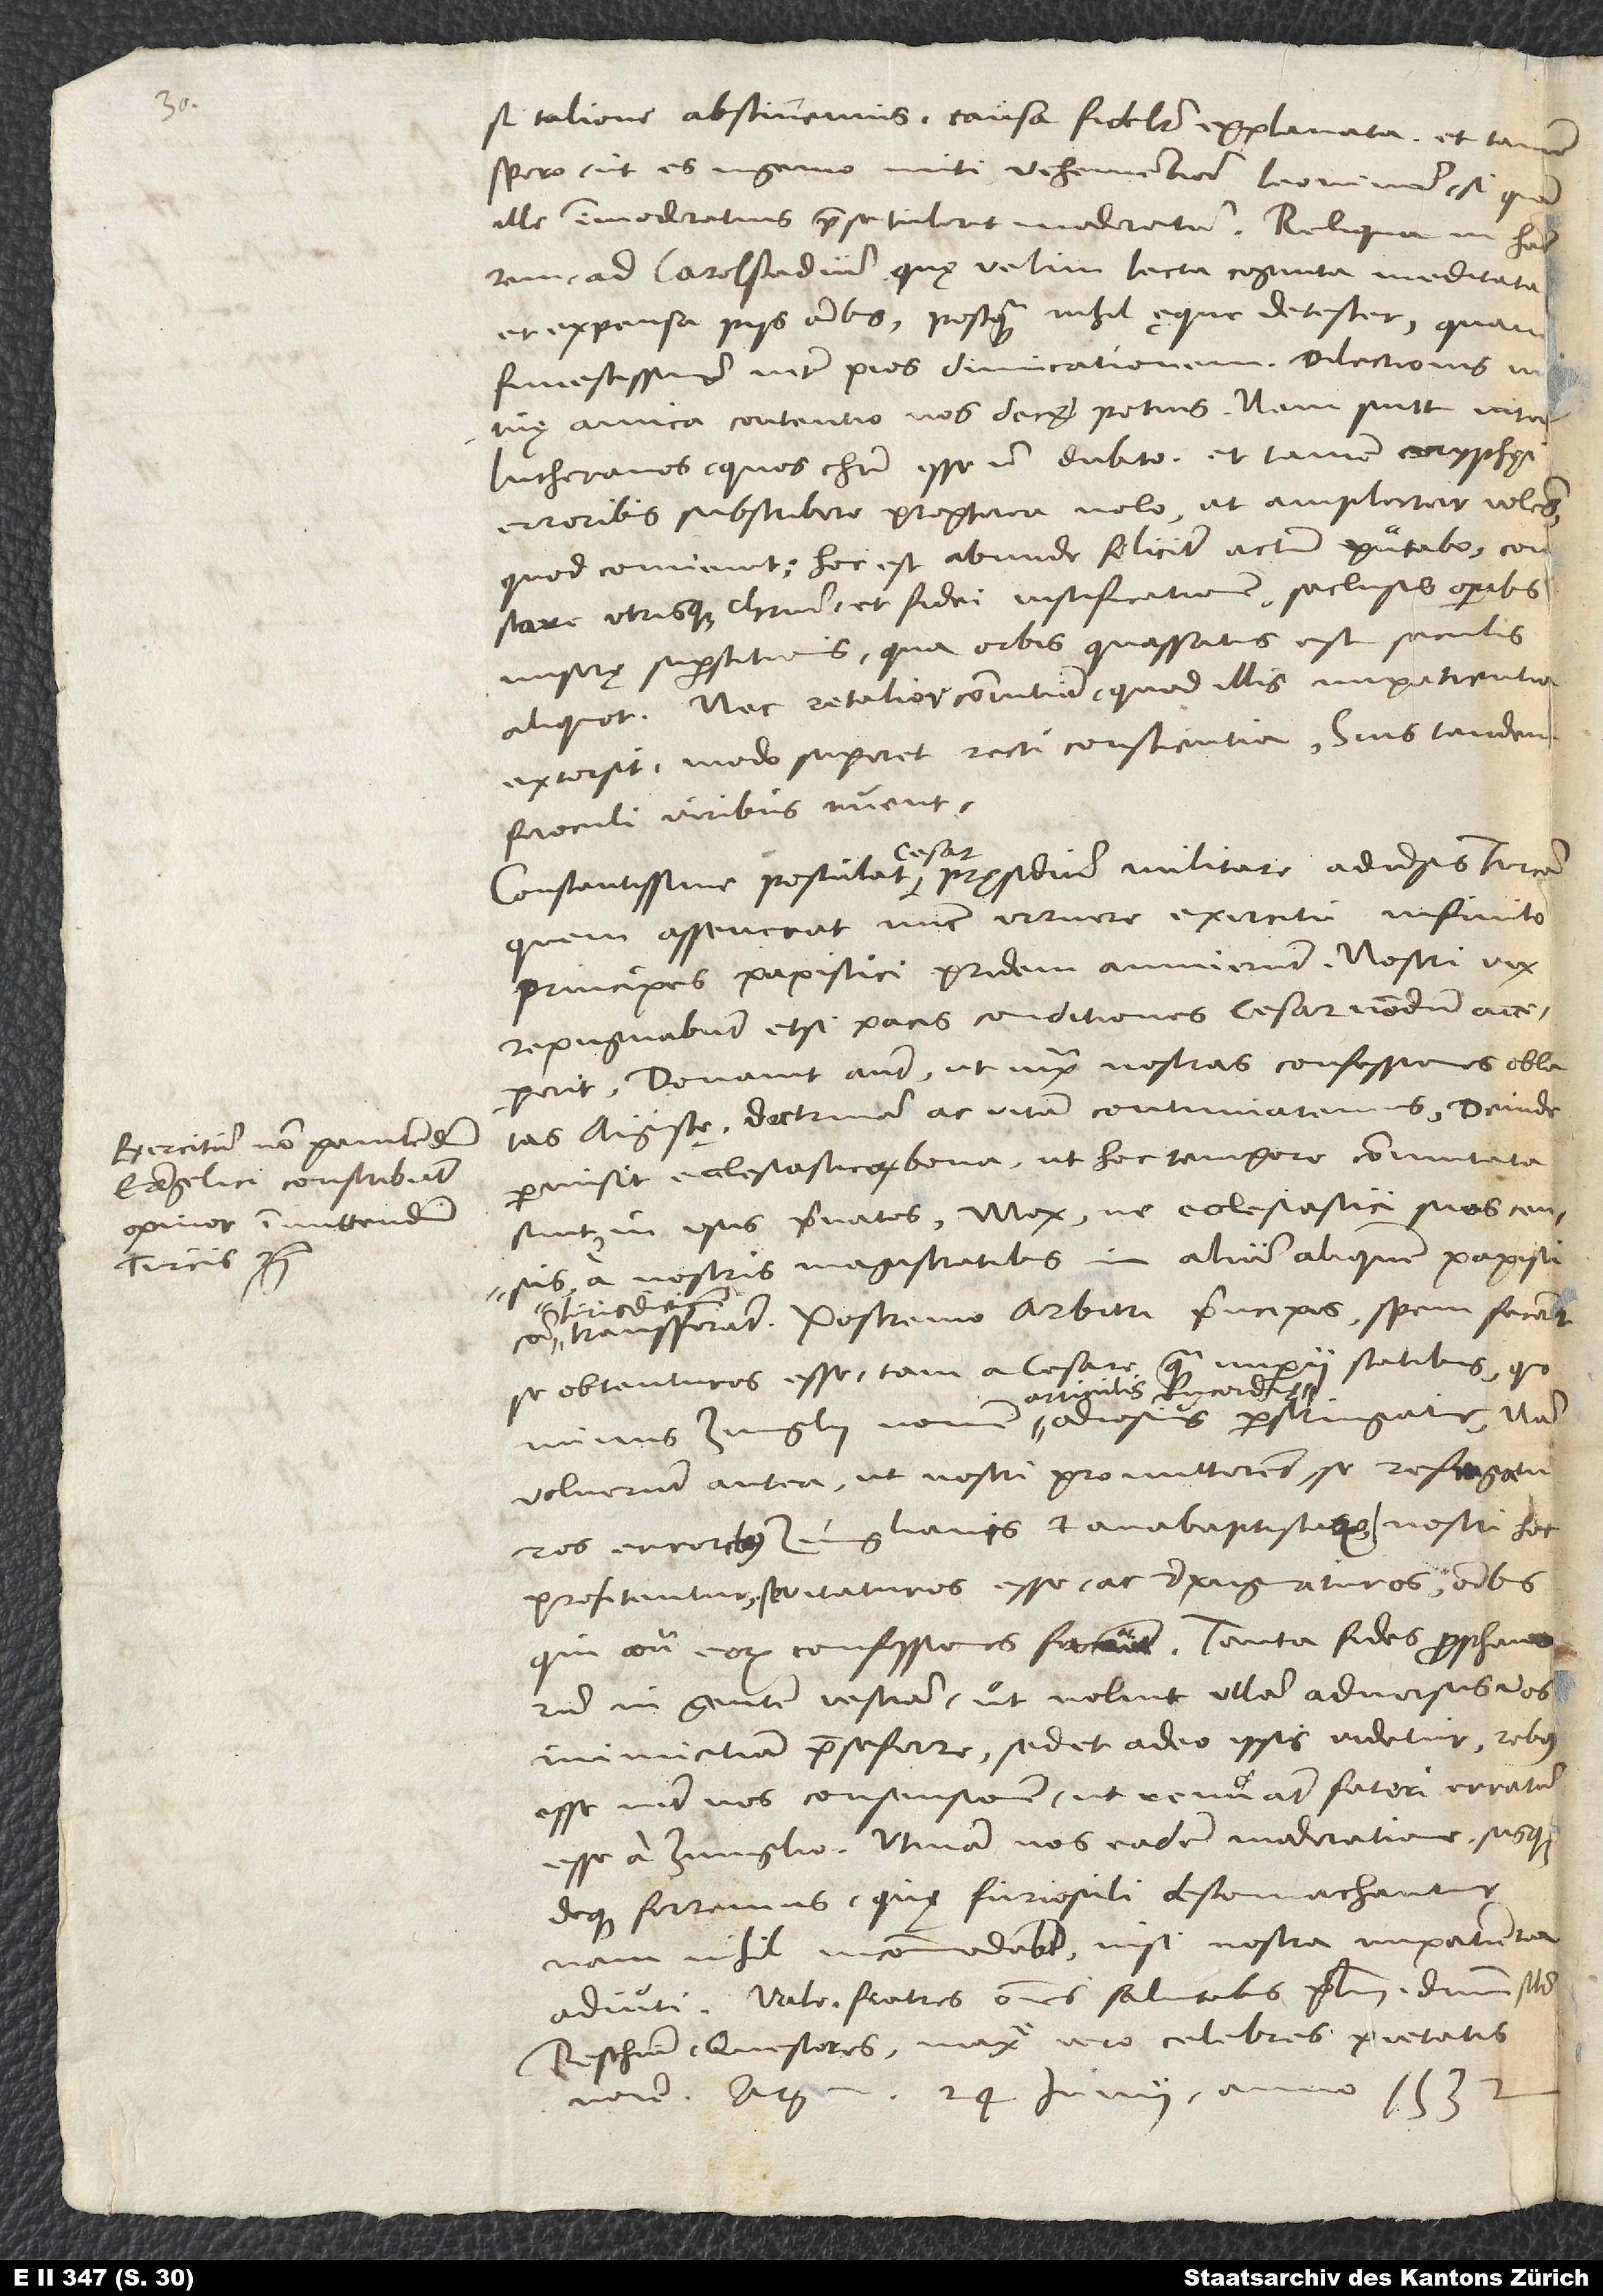
si talione abstinemus causa fideliter explanata. Et tamen
spero, ut es ingenio miti, vehementiam Leoninam, si quid
ille immoderatius prae se tulerit, moderatam. Reliqua in hanc
rem ad Carolstadium, quę velim lecta, cognita, meditata
et expensa piis omnibus, postquam nihil ęque detester, quam
funestissimam inter pios dimicationem. Dilectionis
mutuae amica contentio nos decet potius. Nam sunt inter
Lutheranos, quos Christi esse non dubito. Et tamen coryphęi
erroribus subscribere propterea nolo, ut amplectar volens,
quod convenit, hoc est, abunde feliciter actum putabo constare
utrisque Christum et fidei iustificationem seclusis operibus
miserę superstitionis, qua orbis quassatus est seculis
aliquot. Nec retalior convitium, quod illis impatientia
extorsit, modo superet recti conscientia. Suis tandem
feroculi viribus ruent.
Constantissime postulat cesar pręsidium militare adversus Turcam,
quem asseverat nunc irruere exercitu infinito.
Principes papistici pridem annuerunt. Nostri vix
repugnabunt, etsi pacis conditiones cesar nondum acceperit.
Donavit autem, ut iuxta nostras confessiones oblatas
Augustae doctrinam ac vitam continuaremus. Deinde
permisit ecclesiasticorum bona, ut hoc tempore commutata
sunt, in usus privatos, mox ne ecclesiastici suos census
a nostris magistratibus in alium aliquem, papisticam
transferant. Postremo arbitri principis spem fecerunt
se obtenturos esse tam a cesare quam imperii statibus, quominus
articulis concordiae
voluerunt antea, ut nostri promitterent se refragaturos,
erroribus Zuinglianis et anabaptistarum. Nostri hoc
profitentur, se vitaturos esse ac repugnaturos omnibus,
qui contra eorum confessiones faciant. Tanta fides prophanorum
in gentem vestram, ut nolint ullam adversus vos
inimicitiam prae se ferre, sed et adeo ipsis videtur rebus
esse inter nos consensionem, ut renuant fateri erratum
esse a Zuinglio. Utinam nos eadem moderatione susque
deque ferremus, quę furiosuli destomachantur.
Nam nihil incommodabunt nisi nostra impatientia
adiuti. Vale. Fratres omnes salutabis plurimum, dominum
Reschium, questores, maxime vero celebres pietatis
nomine. Argentorati, 24. iunii anno 1532.